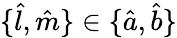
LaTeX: \{ \hat{l},\hat{m}\} \in\{ \hat{a},\hat{b}\}